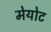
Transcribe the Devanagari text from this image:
मेयोट